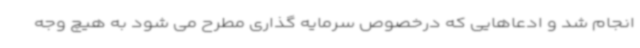
انجام شد و ادعاهایی که درخصوص سرمایه گذاری مطرح می شود به هیچ وجه